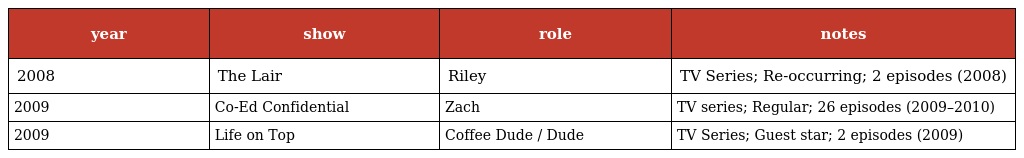
| year | show | role | notes |
 | --- | --- | --- | --- |
 | 2008 | The Lair | Riley | TV Series; Re-occurring; 2 episodes (2008) |
 | 2009 | Co-Ed Confidential | Zach | TV series; Regular; 26 episodes (2009–2010) |
 | 2009 | Life on Top | Coffee Dude / Dude | TV Series; Guest star; 2 episodes (2009) |